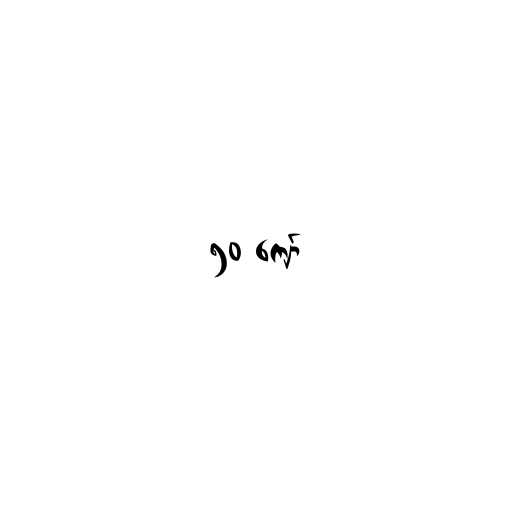
၅၀ ကျော်